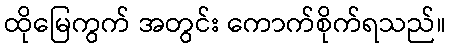
ထိုမြေကွက် အတွင်း ကောက်စိုက်ရသည်။